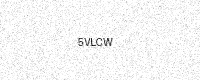
Text: 5VLCW